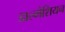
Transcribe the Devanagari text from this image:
डाल्मेशियन